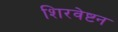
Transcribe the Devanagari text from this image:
शिरवेष्टन